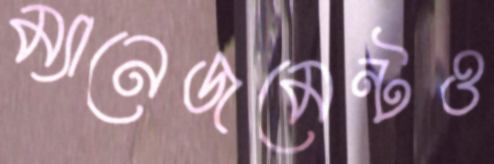
ম্যানেজমেন্টও